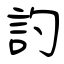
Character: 訋